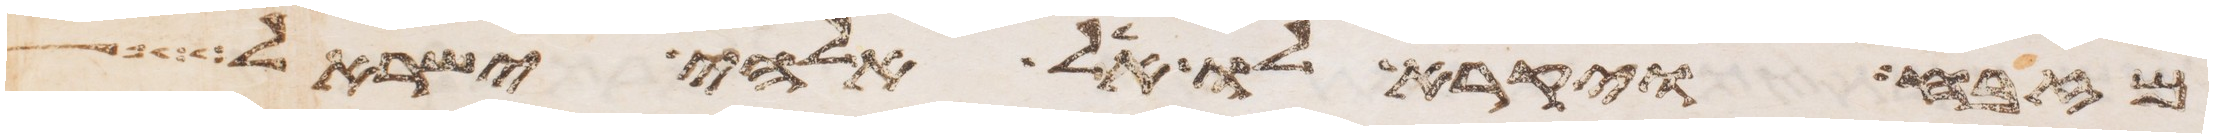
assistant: מזבח ויקרא לו אל אלהי ישראל